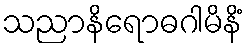
သညာနိရောဓဂါမိနိံ